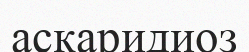
аскаридиоз